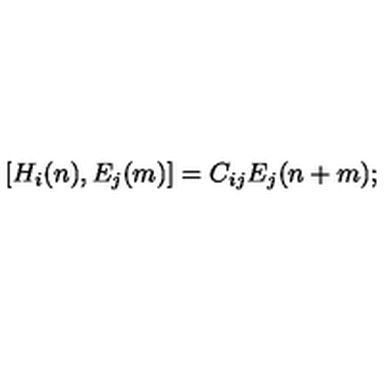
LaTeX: [ H _ { i } ( n ) , E _ { j } ( m ) ] = C _ { i j } E _ { j } ( n + m ) ;